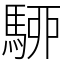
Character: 駵